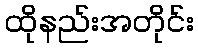
ထိုနည်းအတိုင်း